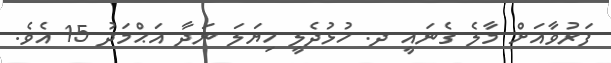
ފަރުވާއަށް މާލެ ގެނައީ ދ. ހުޅުދެލީ ހިޔަލަ ނަދާ އަޙްމަދު 15 އެވެ.